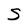
Character: S